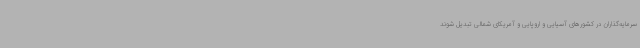
سرمایه‌گذاران در کشورهای آسیایی و اروپایی و آمریکای شمالی تبدیل شوند